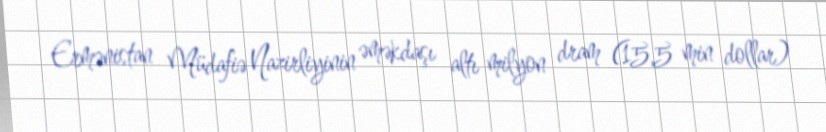
Ermənistan Müdafiə Nazirliyinin əməkdaşı altı milyon dram (15,5 min dollar)